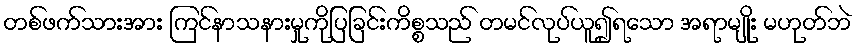
တစ်ဖက်သားအား ကြင်နာသနားမှုကိုပြခြင်းကိစ္စသည် တမင်လုပ်ယူ၍ရသော အရာမျိုး မဟုတ်ဘဲ